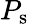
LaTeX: P_{\mathrm{s}}